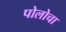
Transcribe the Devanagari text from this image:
पोलोचा